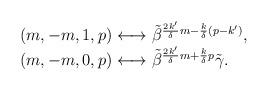
LaTeX: \begin{align*}\begin{array}{l}(m,-m,1,p) \longleftrightarrow \tilde{\beta}^{\frac{2k'}{\delta}m-\frac{k}{\delta}(p-k')}, \\(m,-m,0,p) \longleftrightarrow \tilde{\beta}^{\frac{2k'}{\delta}m+\frac{k}{\delta}p} \tilde{\gamma}.\end{array}\end{align*}